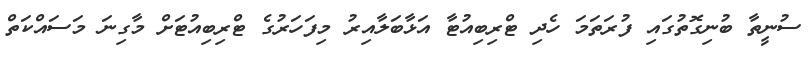
ސުނީތާ ބުނިގޮތުގައި ފުރަތަމަ ހެދި ޓްރިބިއުޓާ އަޅާބަލާއިރު މިފަހަރުގެ ޓްރިބިއުޓަށް މާގިނަ މަސައްކަތް